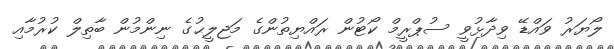
ލޯޔަރު ވައްޑޭ ވިދާޅުވީ ސުޕްރީމް ކޯޓުން ރައްޔިތުންގެ މަޖލީޙުގެ ނިންމުން ބާތިލް ކުރުމާއި